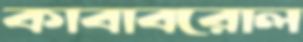
কাবাবরোল